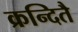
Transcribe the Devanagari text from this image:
क्रन्दितै